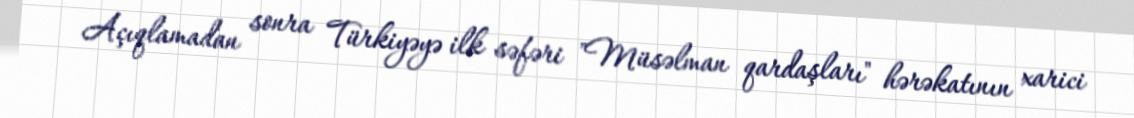
Açıqlamadan sonra Türkiyəyə ilk səfəri "Müsəlman qardaşları" hərəkatının xarici